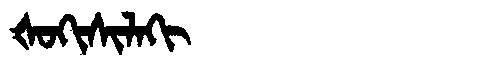
Manchu: ᡧᠣᡴᡳᠰᡳᠯᠠᡴᡳ
Romanization: ŠOKISILAKI